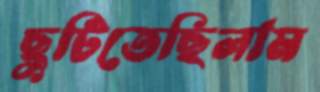
ছুটিতেছিলাম